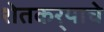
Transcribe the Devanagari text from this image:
शेतकर्‍याचे